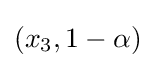
(x_{3},1-\alpha )